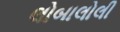
લોબાલોલી